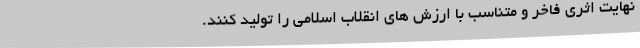
نهایت اثری فاخر و متناسب با ارزش های انقلاب اسلامی را تولید کنند.